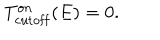
LaTeX: T _ { \mathrm { c u t o f f } } ^ { \mathrm { o n } } ( E ) = 0 .